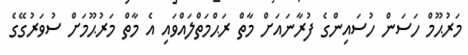
މަރުޙޫމް ހަސަން ހުސައިންގެ ފުރާނައަށް މާތް ރަޙްމަތްލައްވައި އެ މާތް މަރުޙޫމަށް ސުވަރުގޭގެ